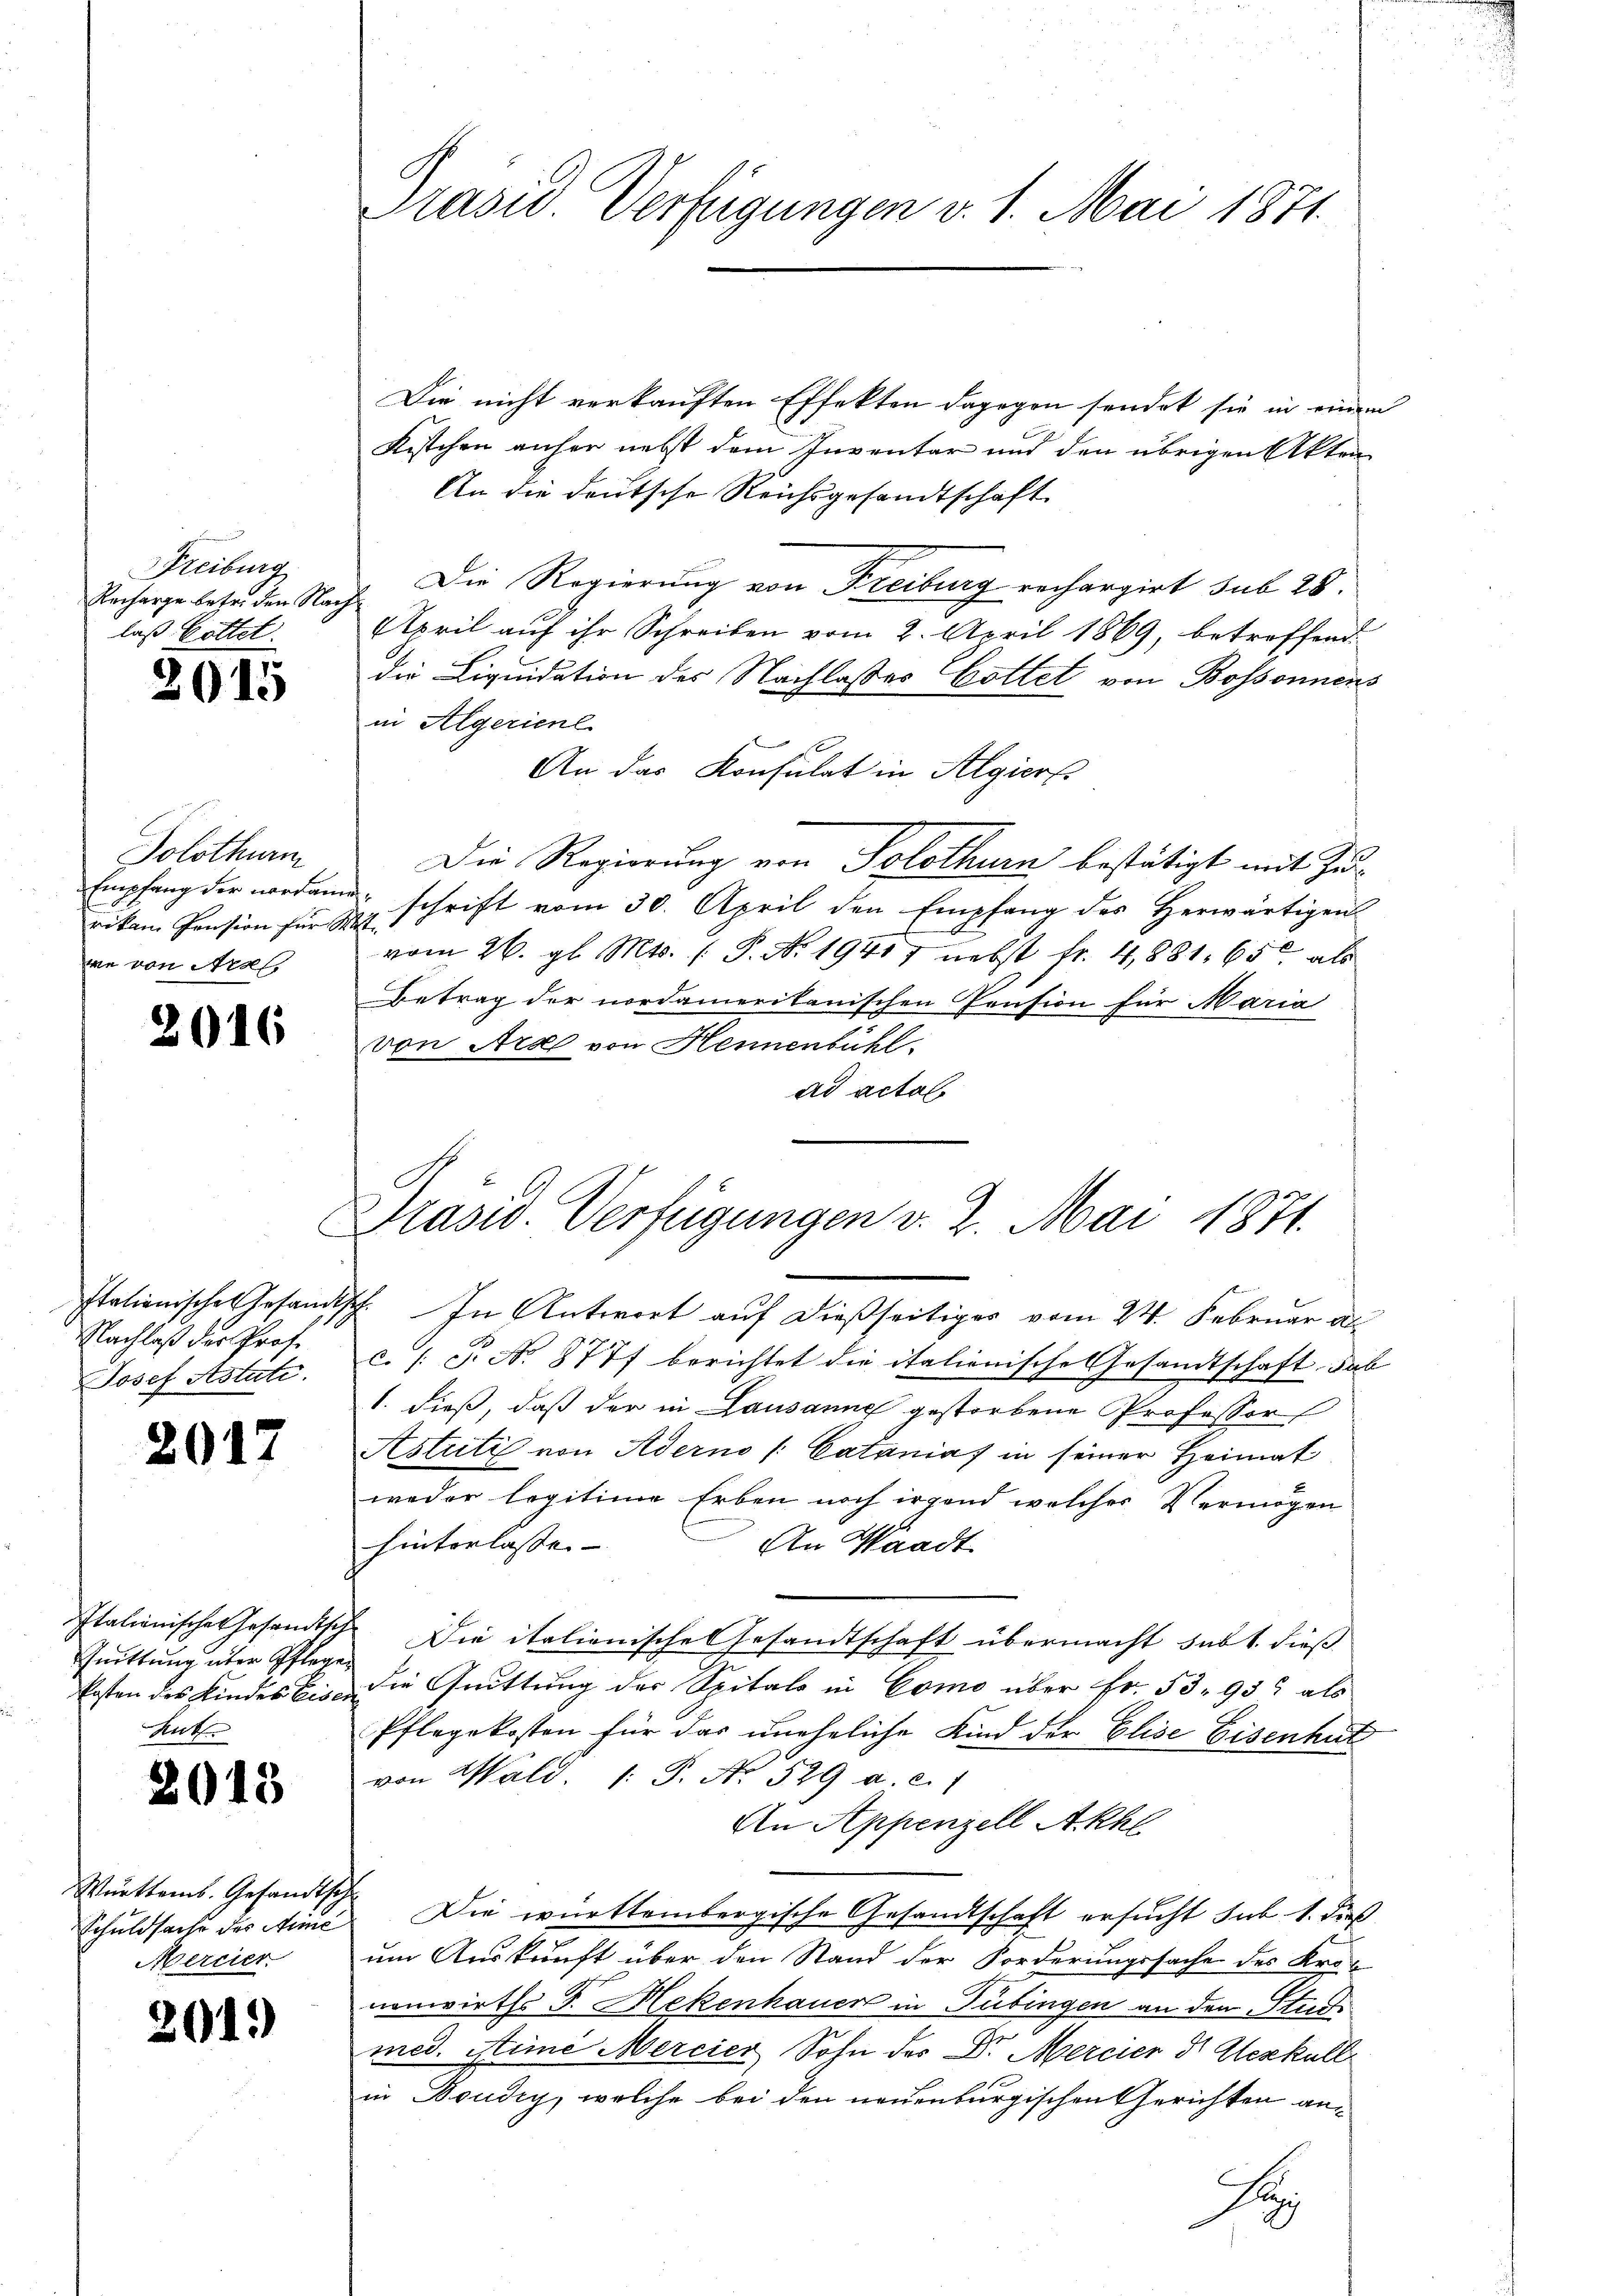
Freiburg
Recharge betr. den Nach
laß Gottet.

2015

Solothurm
rikam Pension für Rest
we von Arol.

2016

Nachlaß der Prof.
Josef Astute.

2017

Quittung über Pfleg
Rut

2

048

Württemb. Gesandt,
Schuldsache des Mic
Mercier

201.)

Präsid. Verfügungen v. 1. Mai 1871.

Die nicht verkauften Effekten dagegen sendet sie in einem
Kistchen anher nebst dem Inventar und den übrigen Akten
An die deutsche Reichsgesandtschaft
Die Regierung von Freiburg rechargirt sub 28.
April auf ihr Schreiben vom 2. April 1869, betreffend
die Liquidation des Nachlasses Gottet von Bossonnens
in Algerienl
An das Konsulat in Algier
Die Regierung von Solothurn bestätigt mit Zu¬
Empfang der nordame schrift vom 30. April den Empfang des herwärtigen
vom 26. gl. Mts. (: P. Nr. 19417 nebst fr. 4,881. 650 als
Betrag der nordamerikanischen Pension für Maria
von Art von Hennenbühl.
ad actal.

Präsid. Verfügungen v. 2. Mai 1871.

Italienisches Gesandtsch. In Antwort auf dießseitiges vom 24. Februar al
c. (T. No 8777 berichtet die italienische Gesandtschaft. Dab
1. dieß, daß der in Lausanne gestorbene Professor
Astritz von Aderno / Catanias in seiner Heimat
weder legitime Erben noch irgend welcher Vermögen
hinterlasse. —
An Waadt
Italienische Gesandtsche Die italienische Gesandtschaft übermacht subt. dieß
ch
kosten des Kinder bis die Quittung des Spitals in Como über Fr. 53. 933 als
Pflegekosten für das uneheliche Kind der Elise Eisenhut
von Wald. s. S. No. 529 a. c.
An Appenzell Akhl
d
Die württembergische Gesandtschaft ersucht sub 1. dieß
um Auskunft über den Stand der Forderungssache des Kronenwirths G. Mekenhauer in Tübingen an den Stud
med. Stime Mercier Sohn des Dr. Mercier dr Herkull
in Boudry, welche bei den neuenburgischen Gerichten an¬
Se